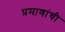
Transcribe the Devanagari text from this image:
प्रमाणांची